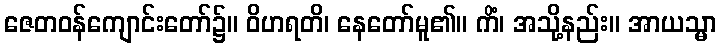
ဇေတဝန်ကျောင်းတော်၌။ ဝိဟရတိ၊ နေတော်မူ၏။ ကိံ၊ အသို့နည်း။ အာယသ္မာ